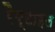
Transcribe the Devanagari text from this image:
रैप्टाइल